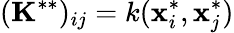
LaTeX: (\mathbf{K}^{**})_{ij}=k(\mathbf{x}_{i}^{*},\mathbf{x}_{j}^{*})